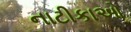
નાટીકાઓ